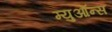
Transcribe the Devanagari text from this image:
म्युऑन्स